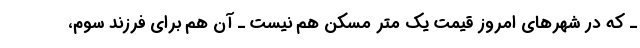
ـ که در شهرهای امروز قیمت یک متر مسکن هم نیست ـ آن هم برای فرزند سوم،